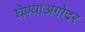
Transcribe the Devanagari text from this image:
घेण्याअगोदर